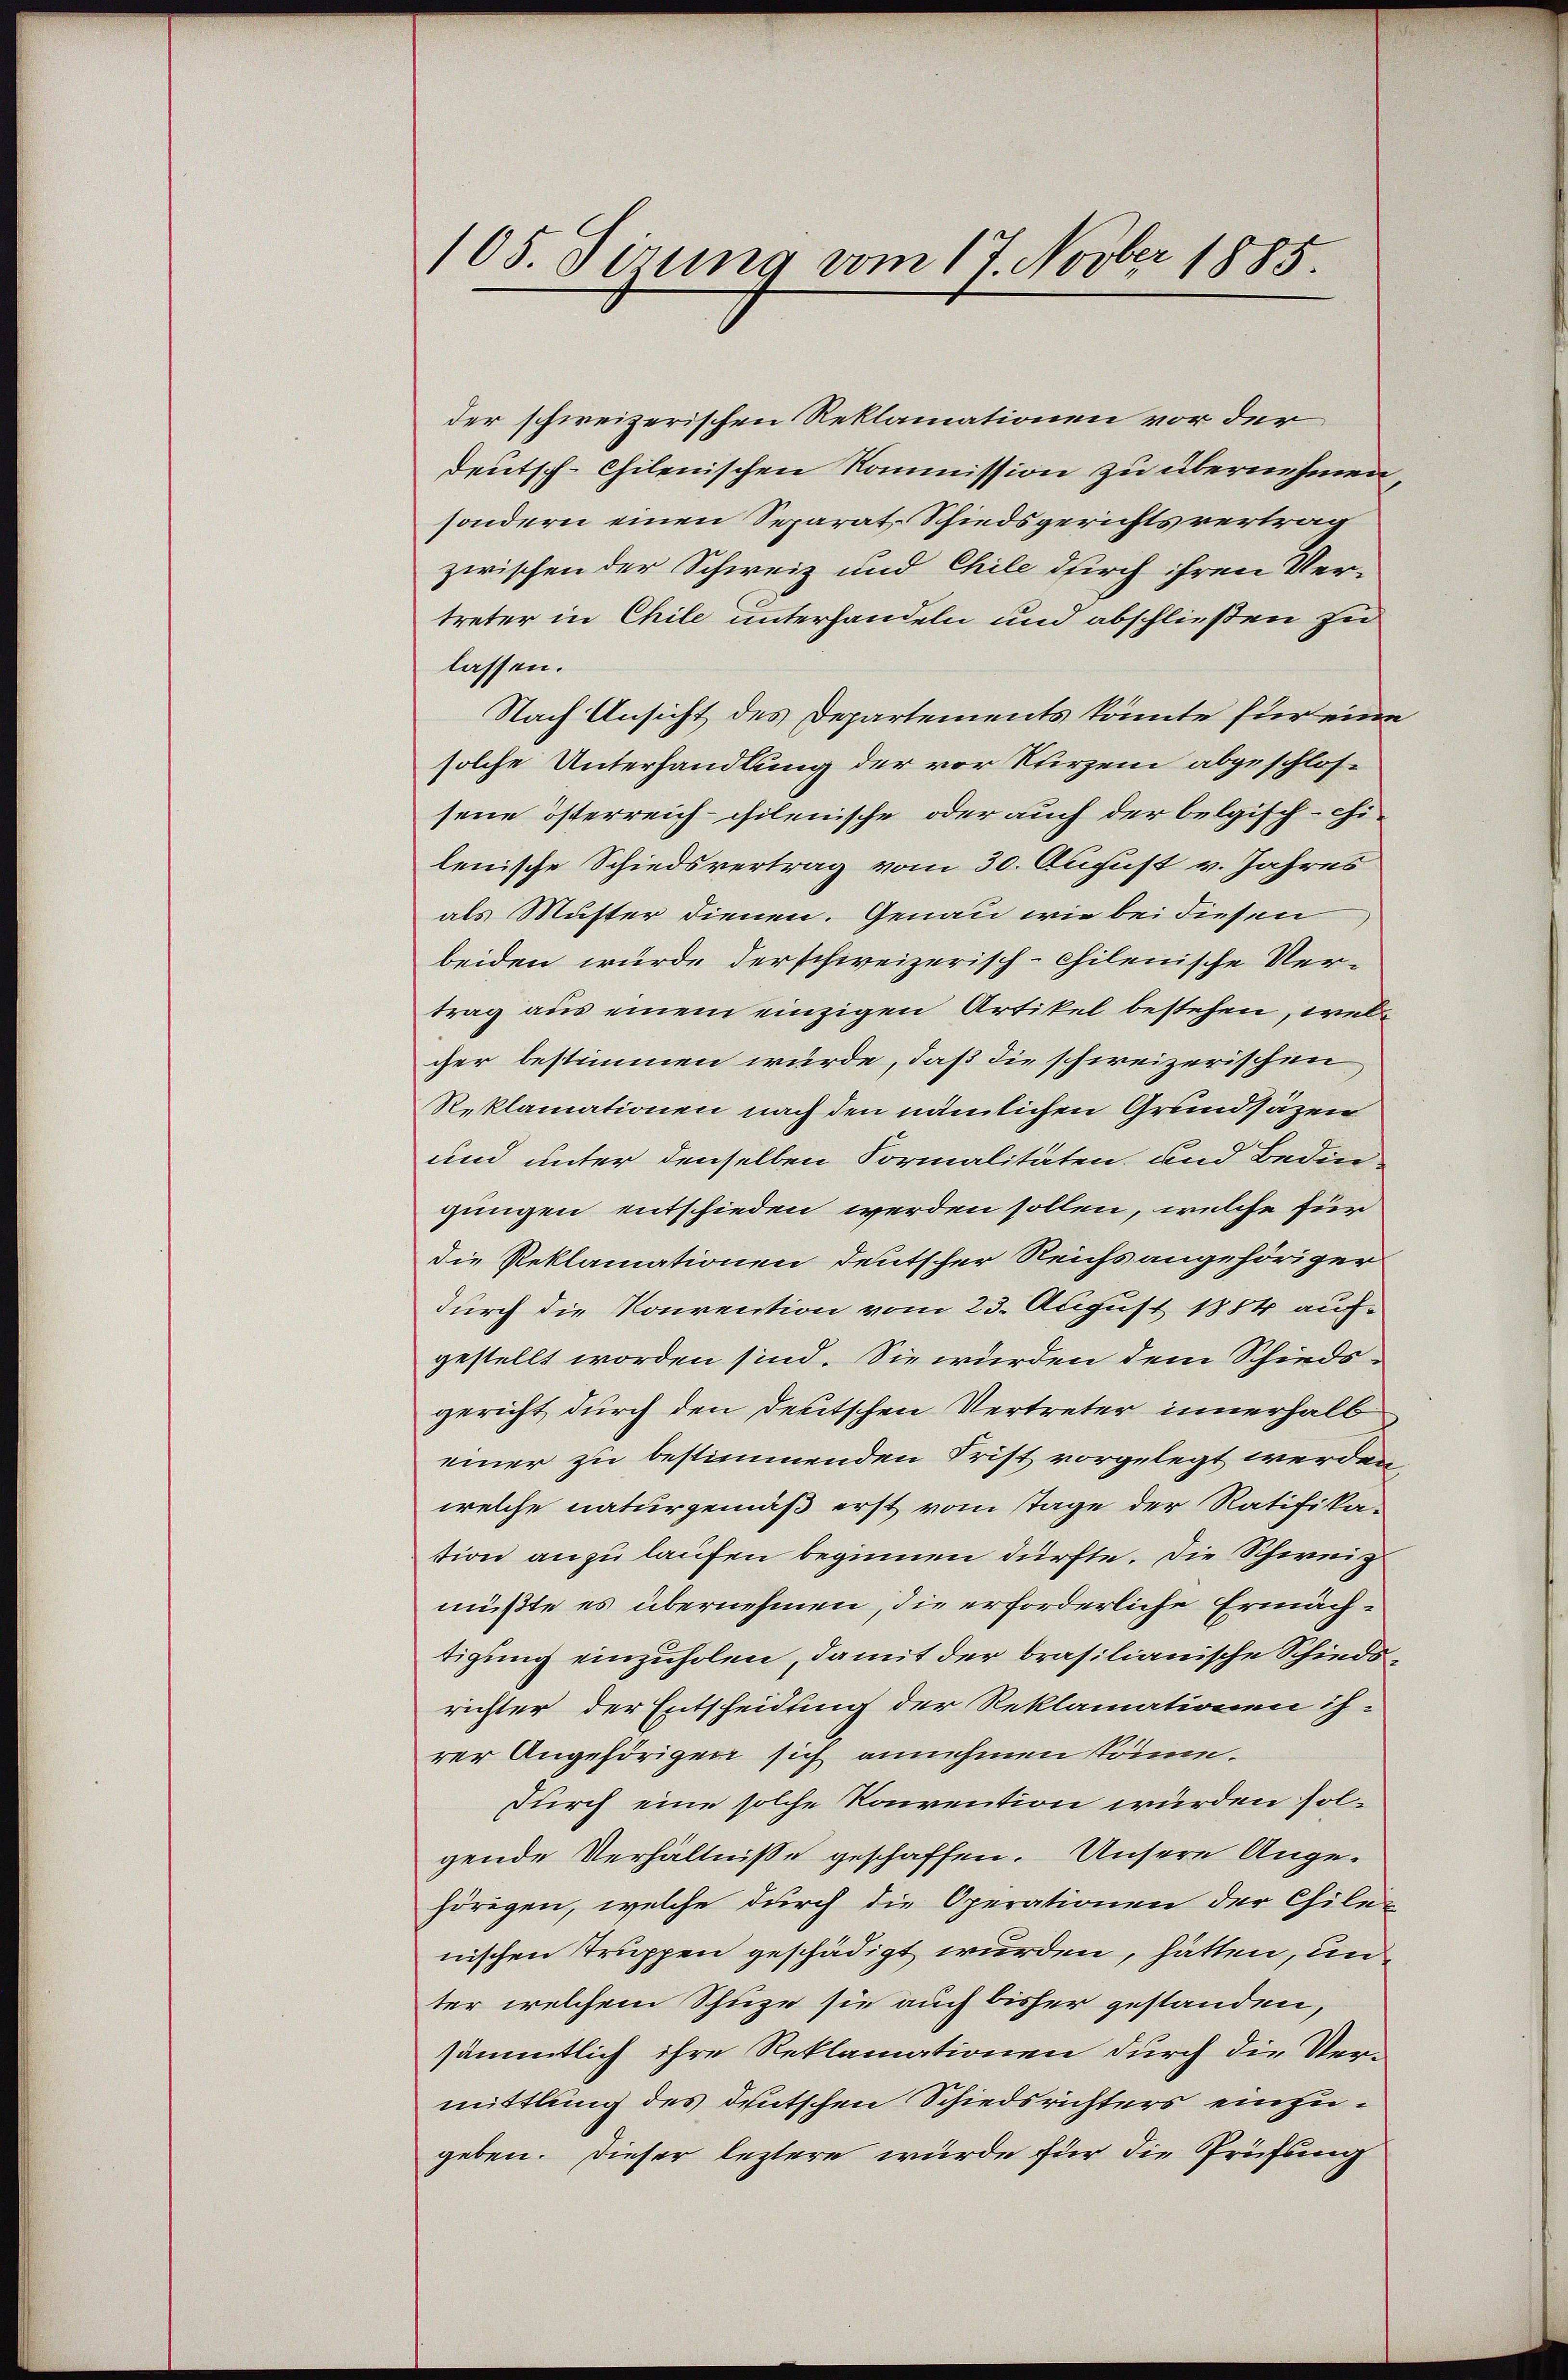
105. Sirung vom 17. Novber 1885.

der schweizerischen Reklamationen vor der
deutsch-chilenischen Kommission zu übernehmen,
sondern einen Separat Schiedsgerichtsvertrag
zwischen der Schweiz und Chile durch ihren Ver-
treter in Chile unterhandeln und abschließen zu
lassen.
Nach Ansicht des Departements könnte für eine
solche Unterhandlung der vor Khirzem abgeschlos-
sene österreich-chilenische oder auch der belgisch-chi-
lenische Schiedsvertrag vom 30. August v. Jahres
als Muster dienen. Genau wie bei diesen
beiden wurde der schweizerisch-chilenische Vertrag aus einem einzigen Artikel bestehen, welcher bestimmen würde, daß die schweizerischen
Reklamationen nach den nämlichen Grundsätzen
und unter denselben Formalitäten und Bedin-
gungen entschieden werden sollen, welche für
die Reklamationen deutscher Reichs angehöriger
durch die Konvention vom 23. August 1884 aufgestellt worden sind. Sie wurden dem Schieds-
gericht durch den deutschen Vertreter innerhalb
einer zu bestimmenden Frist vorgelegt werden,
welche naturgemäß erst vom Tage der Ratifikation an zu laufen beginnen dürfte. Die Schweiz
müßte es übernehmen, die erforderliche Ermächtigung einzuholen, damit der brasilianische Schiedsrichter der Entscheidung der Reklamationen ih-
rer Angehörigen sich annehmen könne.
durch eine solche Konvention wurden solgende Verhältnisse geschaffen. Unsere Ange-
hörigen, welche durch die Operationen der Chile-
nischen Truppen geschädigt wurden, hätten, un
ter welchem Schuze sie auch bisher gestanden,
sämmtlich ihre Reklamationen durch die Vermittlung des deutschen Schiedsrichters einzugeben. Dieser leztere wurde für die Prüfung